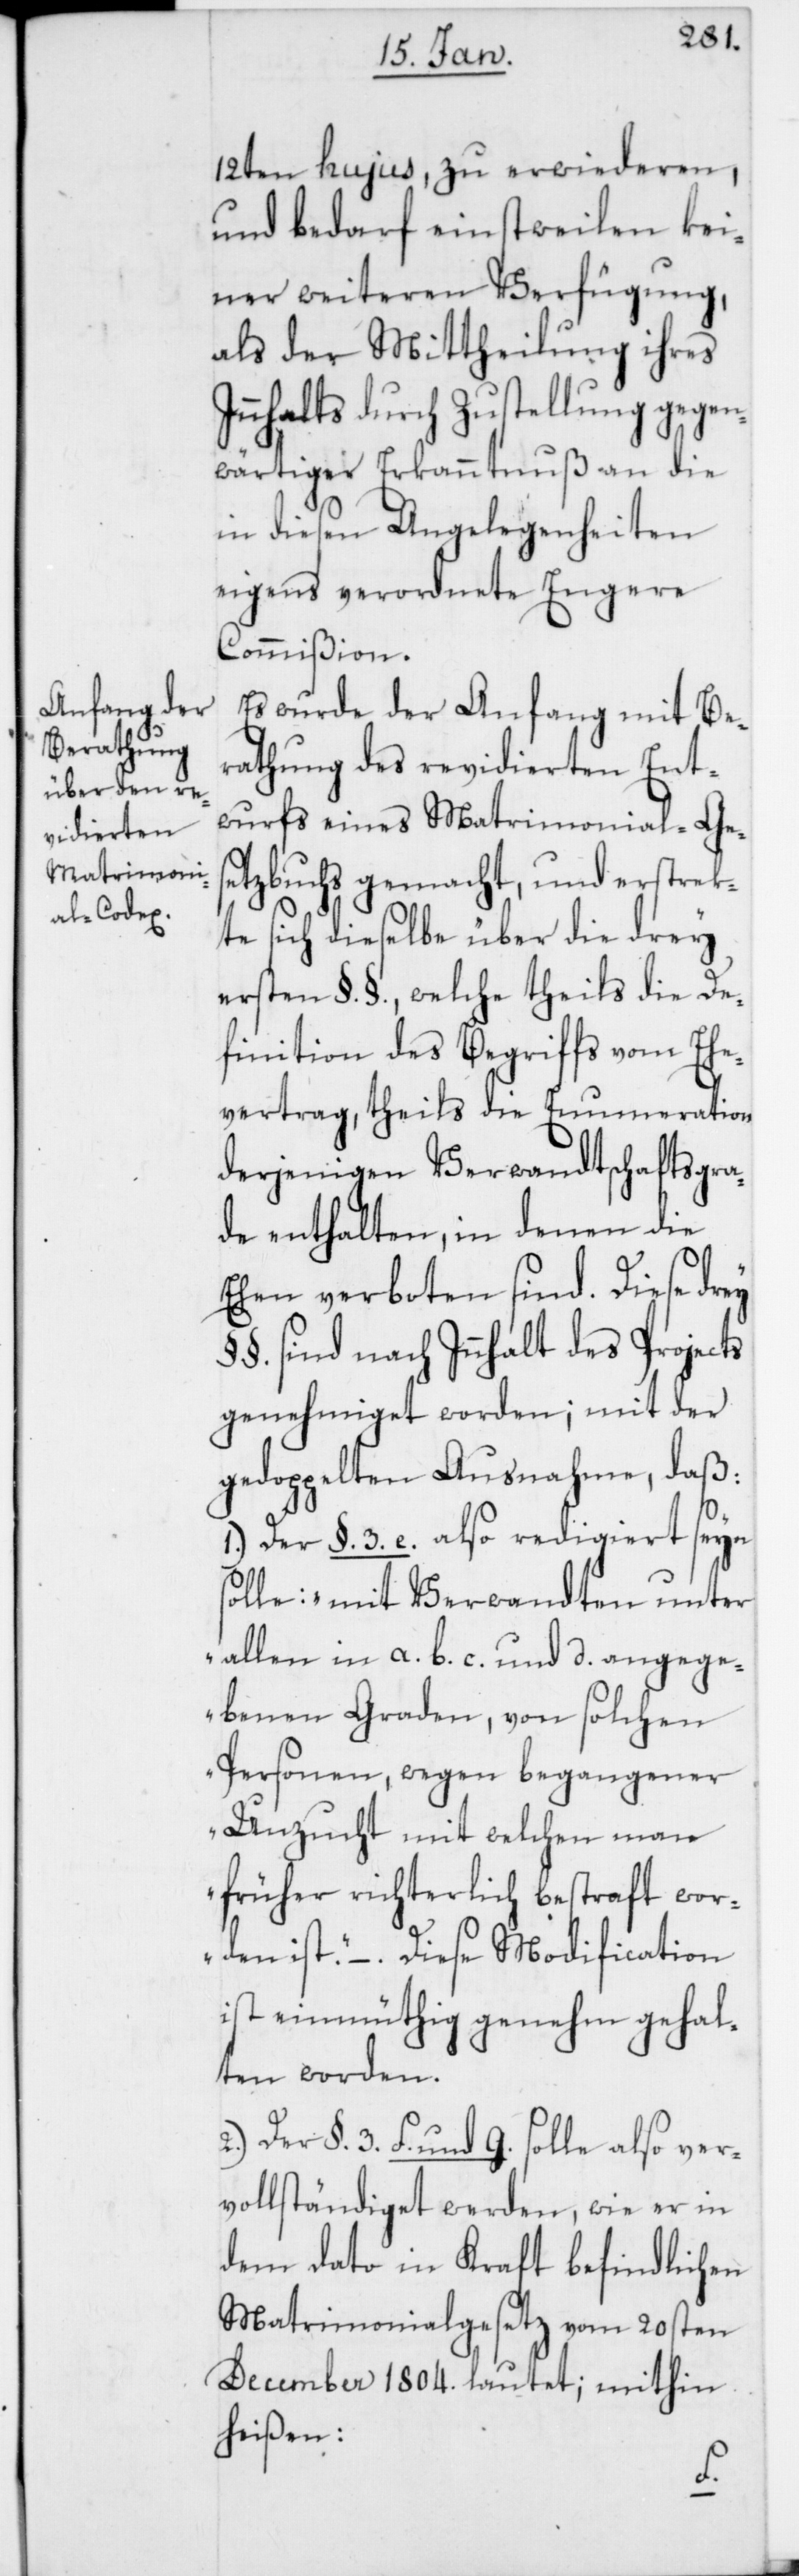
12ten hujus zu erwiederen,
und bedarf einstweilen kei¬
ner weiteren Verfügung,
als der Mittheilung ihres
Innhalts durch Zustellung gegen¬
wärtiger Erkanntnuß an die
in diesen Angelegenheiten
eigens verordnete Engere
Commißion.
Es wurde der Anfang mit Be¬
rathung des revidierten Ent¬
wurfs eines Matrimonial-Ges¬
etzbuchs gemacht, und erstrek¬
te sich dieselbe über die drey
ersten §. §., welche theils die De¬
finition des Begriffs vom Ehe¬
vertrag, theils die Enumeration
derjenigen Verwandtschaftsgra¬
de enthalten, in denen die
Ehen verboten sind. Diese drey
§ §. sind nach Innhalt des Projects
genehmiget worden; mit der
gedoppelten Ausnahme, daß:
1.) Der §. 3. e. also redigiert seyn
solle: „mit Verwandten unter
allen in a. b. c. und d angege¬
benen Graden, von solchen
Personen, wegen begangener
Unzucht mit welchen man
früher richterlich bestraft wor¬
den ist.“ – Diese Modification
ist einmüthig genehm gehal¬
ten worden.
2.) Der §. 3. f. und g. solle also ver¬
vollständiget werden, wie er in
dem dato in Kraft befindlichen
Matrimonialgesetz vom 20sten
December 1804. lautet; mithin
heißen: